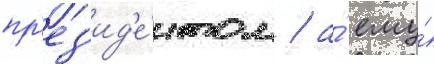
пр'ез'ид'е́нтом / а́ ему́